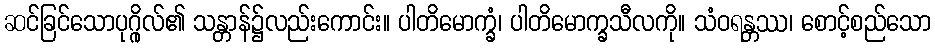
ဆင်ခြင်သောပုဂ္ဂိုလ်၏ သန္တာန်၌လည်းကောင်း။ ပါတိမောက္ခံ၊ ပါတိမောက္ခသီလကို။ သံဝရန္တဿ၊ စောင့်စည်သော